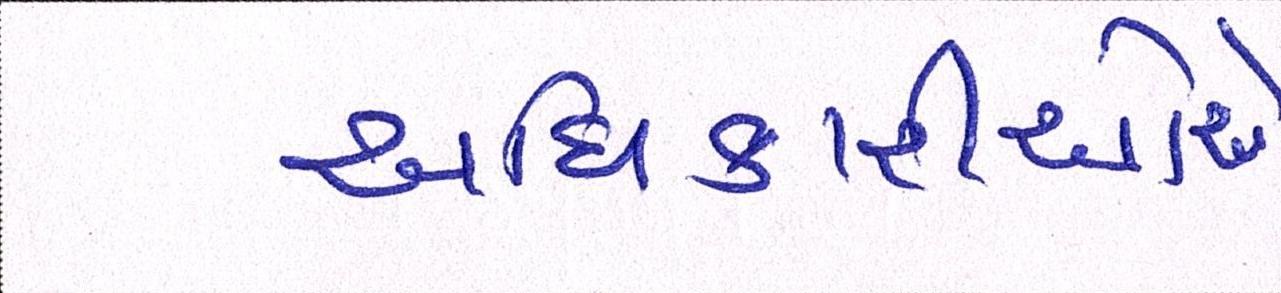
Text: અધિકારીઓએ